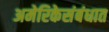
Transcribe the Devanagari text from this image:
अमेरिकेसंबंधात